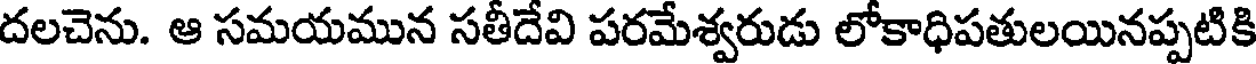
దలచెను. ఆ సమయమున సతీదేవి పరమేశ్వరుడు లోకాధిపతులయినప్పటికి